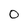
Character: 0